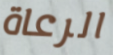
الرعاة